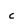
Character: c